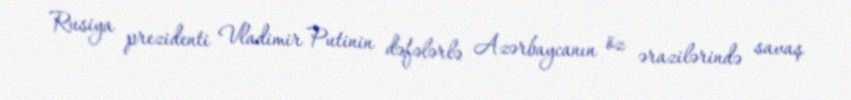
Rusiya prezidenti Vladimir Putinin dəfələrlə Azərbaycanın öz ərazilərində savaş